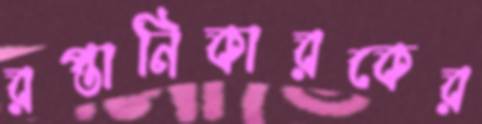
রপ্তানিকারকের